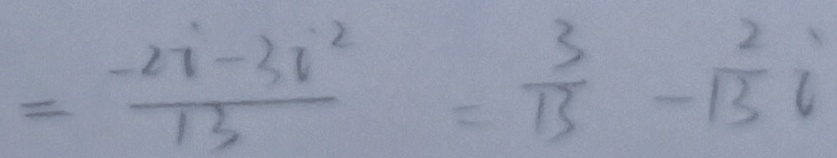
= \frac { - 2 i - 3 i ^ { 2 } } { 1 3 } = \frac { 3 } { 1 3 } - \frac { 2 } { 1 3 } i